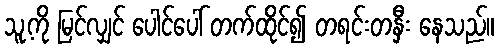
သူ့ကို မြင်လျှင် ပေါင်ပေါ် တက်ထိုင်၍ တရင်းတနှီး နေသည်။